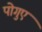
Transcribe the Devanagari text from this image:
पोगुए